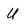
Character: U